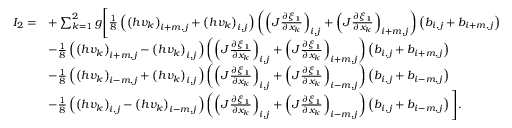
\begin{array} { r l } { I _ { 2 } = } & { + \sum _ { k = 1 } ^ { 2 } g \Bigg [ \frac { 1 } { 8 } \left( \left( h v _ { k } \right) _ { i + m , j } + \left( h v _ { k } \right) _ { i , j } \right) \left( \left( J \frac { \partial \xi _ { 1 } } { \partial x _ { k } } \right) _ { i , j } + \left( J \frac { \partial \xi _ { 1 } } { \partial x _ { k } } \right) _ { i + m , j } \right) \left( { b } _ { i , j } + b _ { i + m , j } \right) } \\ & { - \frac { 1 } { 8 } \left( \left( h v _ { k } \right) _ { i + m , j } - \left( h v _ { k } \right) _ { i , j } \right) \left( \left( J \frac { \partial \xi _ { 1 } } { \partial x _ { k } } \right) _ { i , j } + \left( J \frac { \partial \xi _ { 1 } } { \partial x _ { k } } \right) _ { i + m , j } \right) \left( { b } _ { i , j } + b _ { i + m , j } \right) } \\ & { - \frac { 1 } { 8 } \left( \left( h v _ { k } \right) _ { i - m , j } + \left( h v _ { k } \right) _ { i , j } \right) \left( \left( J \frac { \partial \xi _ { 1 } } { \partial x _ { k } } \right) _ { i , j } + \left( J \frac { \partial \xi _ { 1 } } { \partial x _ { k } } \right) _ { i - m , j } \right) \left( { b } _ { i , j } + b _ { i - m , j } \right) } \\ & { - \frac { 1 } { 8 } \left( \left( h v _ { k } \right) _ { i , j } - \left( h v _ { k } \right) _ { i - m , j } \right) \left( \left( J \frac { \partial \xi _ { 1 } } { \partial x _ { k } } \right) _ { i , j } + \left( J \frac { \partial \xi _ { 1 } } { \partial x _ { k } } \right) _ { i - m , j } \right) \left( { b } _ { i , j } + b _ { i - m , j } \right) \Bigg ] . } \end{array}